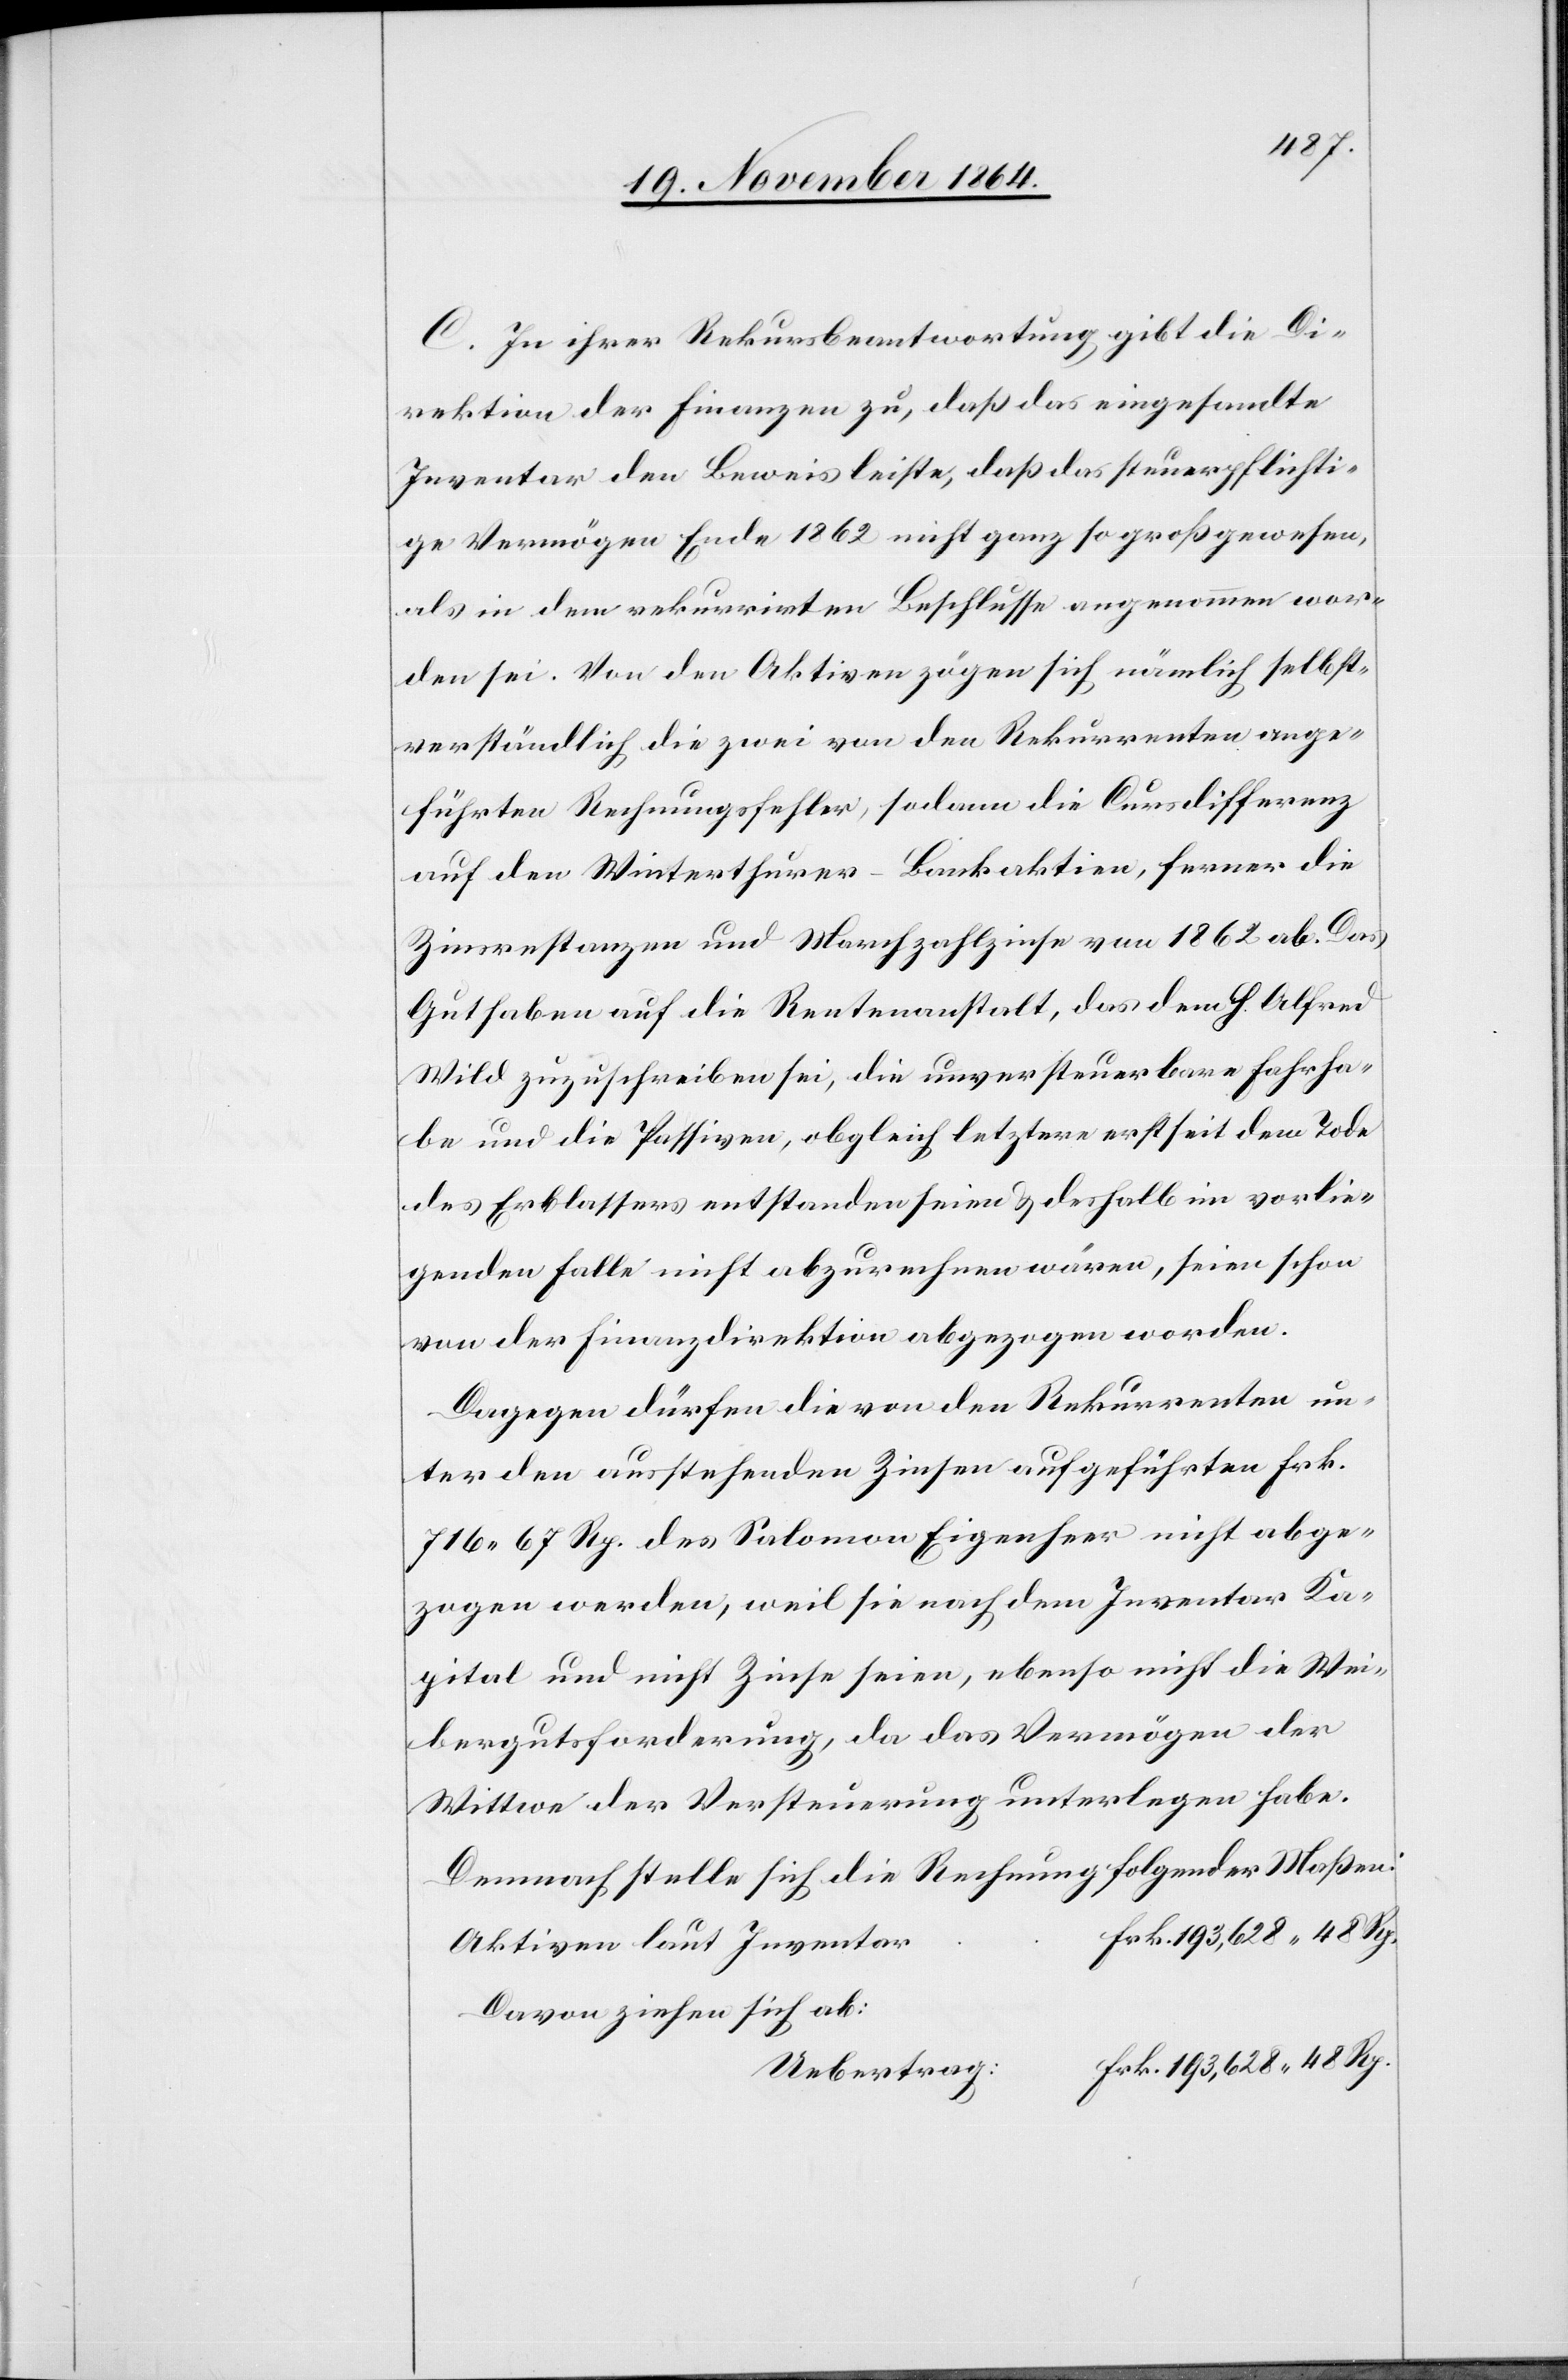
C. In ihrer Rekursbeantwortung gibt die Di¬
rektion der Finanzen zu, daß das eingesandte
Inventar den Beweis leiste, daß das steuerpflichti¬
ge Vermögen Ende 1862 nicht ganz so groß gewesen,
als in dem rekurrirten Beschlusse angenommen wor¬
den sei. Von den Aktiven zögen sich nämlich selbst¬
verständlich die zwei von den Rekurrenten ange¬
führten Rechnungsfehler, sodann die Kursdifferenz
auf den Winterthurer-Bankaktien, ferner die
Zinsrestanzen und Marchzahlzinse von 1862 ab. Das
Guthaben auf die Rentenanstalt, das dem H. Alfred
Wild zugeschreiben [sic!] sei, die unversteuerbare Fahrha¬
be und die Passiven, obgleich letztere erst seit dem Tode
des Erblassers entstanden seien & deshalb im vorlie¬
genden Falle nicht abzurechnen wären, seien schon
von der Finanzdirektion abgezogen worden.
Dagegen dürfen die von den Rekurrenten un¬
ter den ausstehenden Zinsen aufgeführten Frk.
716.67 Rp. des Salomon Eigenheer nicht abge¬
zogen werden, weil sie nach dem Inventar Ka¬
pital und nicht Zinse seien, ebenso nicht die Wei¬
bergutsforderung, da das Vermögen der
Wittwe der Versteuerung unterlegen habe.
Demnach stelle sich die Rechnung folgender Maßen:
Aktiven laut Inventar
Davon ziehen sich ab: